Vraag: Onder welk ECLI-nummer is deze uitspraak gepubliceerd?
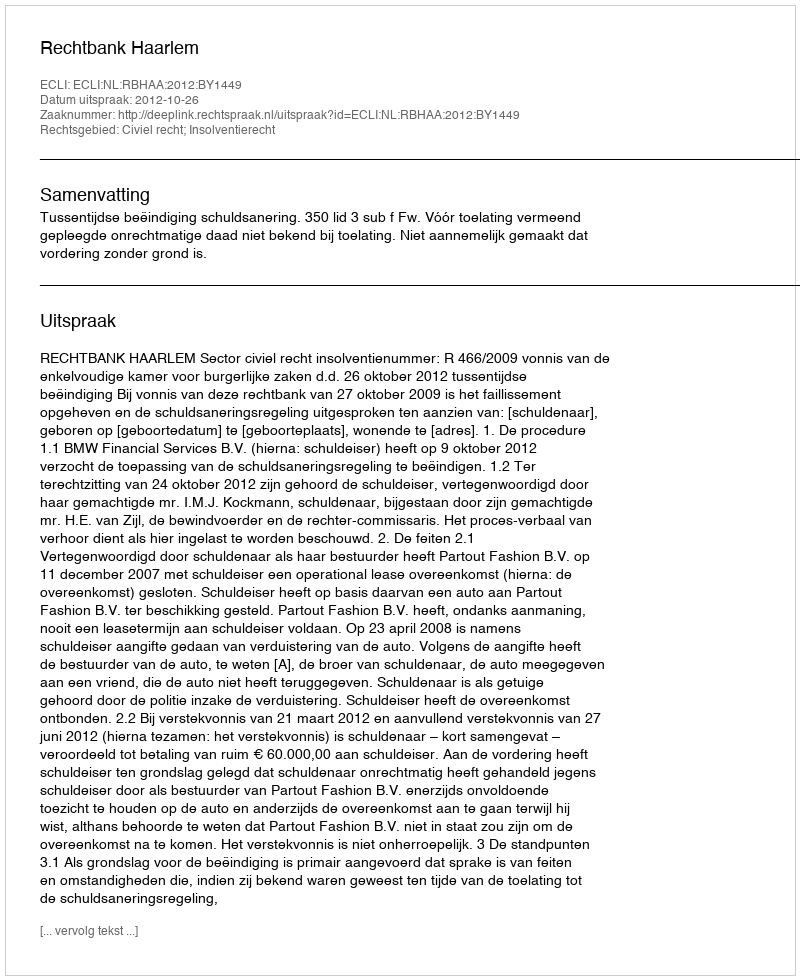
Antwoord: ECLI:NL:RBHAA:2012:BY1449